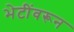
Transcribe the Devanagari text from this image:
भेटींवरून